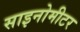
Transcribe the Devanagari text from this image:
साइनोमीटर